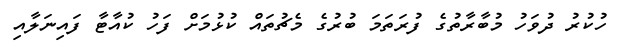
ހުކުރު ދުވަހު މުބާރާތުގެ ފުރަތަމަ ބުރުގެ މެޗުތައް ކުޅުމަށް ފަހު ކުއާޓާ ފައިނަލާއި